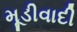
મૂડીવાદી